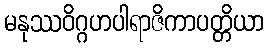
မနုဿဝိဂ္ဂဟပါရာဇိကာပတ္တိယာ